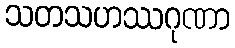
သတသဟဿဂုဏာ